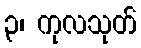
၃၊ ကုလသုတ်